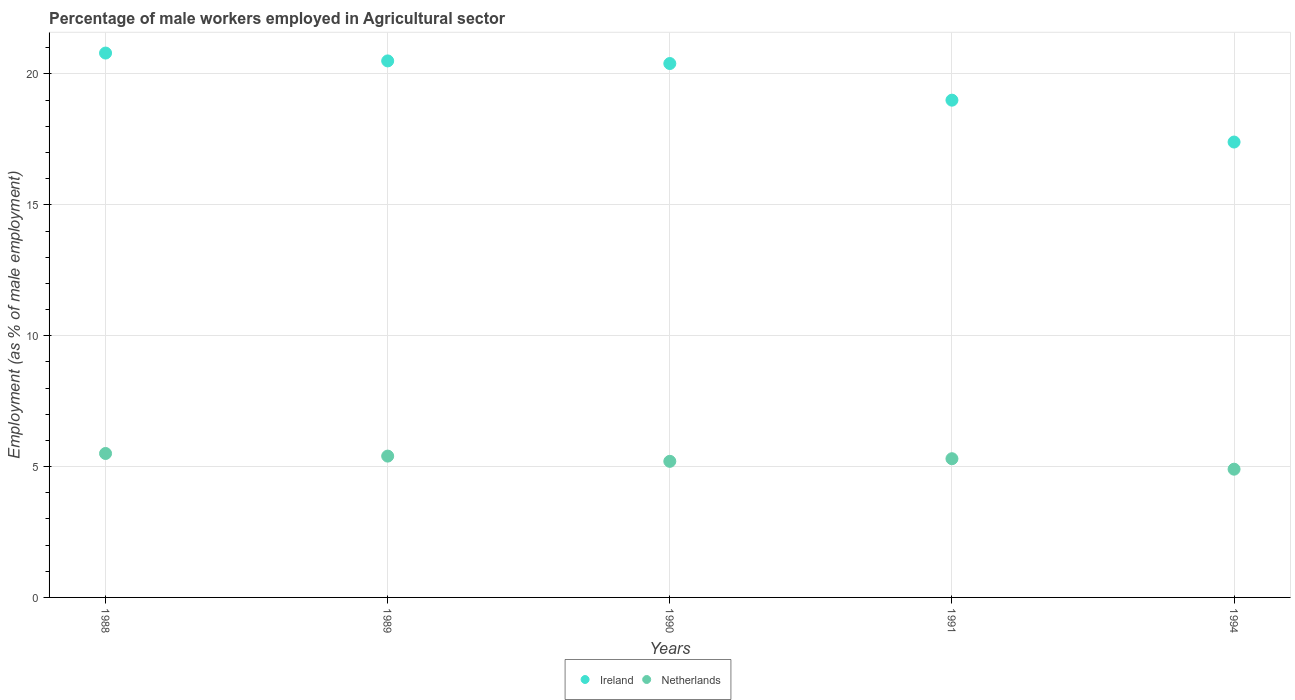
| Years | Ireland | Netherlands |
 | --- | --- | --- |
 | 1988 | 20.8 | 5.5 |
 | 1989 | 20.5 | 5.4 |
 | 1990 | 20.4 | 5.2 |
 | 1991 | 19 | 5.3 |
 | 1994 | 17.4 | 4.9 |